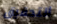
التحقيق